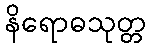
နိရောဓသုတ္တ